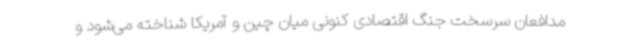
مدافعان سرسخت جنگ اقتصادی کنونی میان چین و آمریکا شناخته می‌شود و